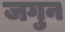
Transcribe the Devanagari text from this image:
जगुन